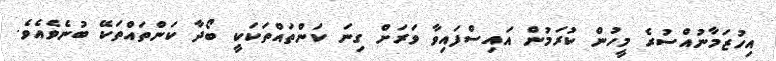
އިހުޒަމާނުއްސުރެ މީހުން ކުރަމުން އައިސްފައިވާ ވަރަށް ގިނަ ކަންތައްތަކަކީ ބޯދާ ކަންތައްތަކޭ ބުނެވެއެވެ.